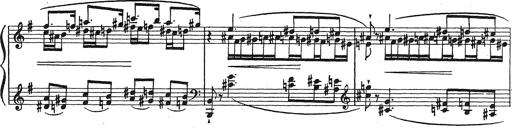
Title: Grosses Konzertsolo
Composer: Franz Liszt